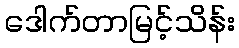
ဒေါက်တာမြင့်သိန်း